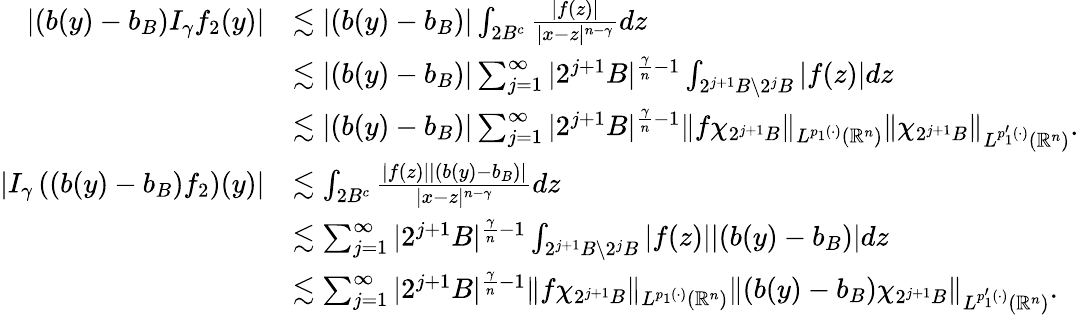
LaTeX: \begin{array}{rl}{|(b(y)-b_{B})I_{\gamma}f_{2}(y)|}&{\lesssim|(b(y)-b_{B})|\int_{2B^{c}}\frac{|f(z)|}{|x-z|^{n-\gamma}}dz}\\ &{\lesssim|(b(y)-b_{B})|\sum_{j=1}^{\infty}|2^{j+1}B|^{\frac{\gamma}{n}-1}\int_{2^{j+1}B\backslash 2^{j}B}|f(z)|dz}\\ &{\lesssim|(b(y)-b_{B})|\sum_{j=1}^{\infty}|2^{j+1}B|^{\frac{\gamma}{n}-1}\| f\chi_{2^{j+1}B}\| _{L^{p_{1}(\cdot)}(\mathbb{R}^{n})}\| \chi_{2^{j+1}B}\| _{L^{p_{1}^{\prime}(\cdot)}(\mathbb{R}^{n})}.}\\ {|I_{\gamma}\left((b(y)-b_{B})f_{2}\right)(y)|}&{\lesssim\int_{2B^{c}}\frac{|f(z)||(b(y)-b_{B})|}{|x-z|^{n-\gamma}}dz}\\ &{\lesssim\sum_{j=1}^{\infty}|2^{j+1}B|^{\frac{\gamma}{n}-1}\int_{2^{j+1}B\backslash 2^{j}B}|f(z)||(b(y)-b_{B})|dz}\\ &{\lesssim\sum_{j=1}^{\infty}|2^{j+1}B|^{\frac{\gamma}{n}-1}\| f\chi_{2^{j+1}B}\| _{L^{p_{1}(\cdot)}(\mathbb{R}^{n})}\| (b(y)-b_{B})\chi_{2^{j+1}B}\| _{L^{p_{1}^{\prime}(\cdot)}(\mathbb{R}^{n})}.}\end{array}